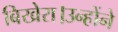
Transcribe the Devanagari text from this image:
बिखेरा।उन्होंने